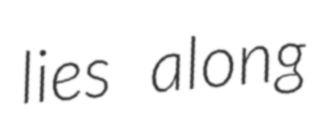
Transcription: lies along